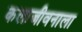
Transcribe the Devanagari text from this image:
कलाजीवनाला